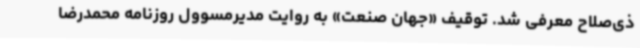
ذی‌صلاح معرفی شد. توقیف «جهان صنعت» به روایت مدیرمسوول روزنامه محمدرضا